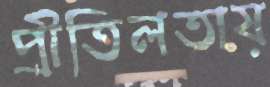
প্রীতিলতায়